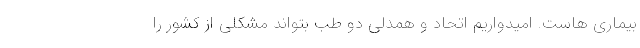
بیماری هاست. امیدواریم اتحاد و همدلی دو طب بتواند مشکلی از کشور را